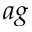
a g